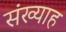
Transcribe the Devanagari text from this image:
संख्याह